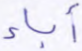
آباء